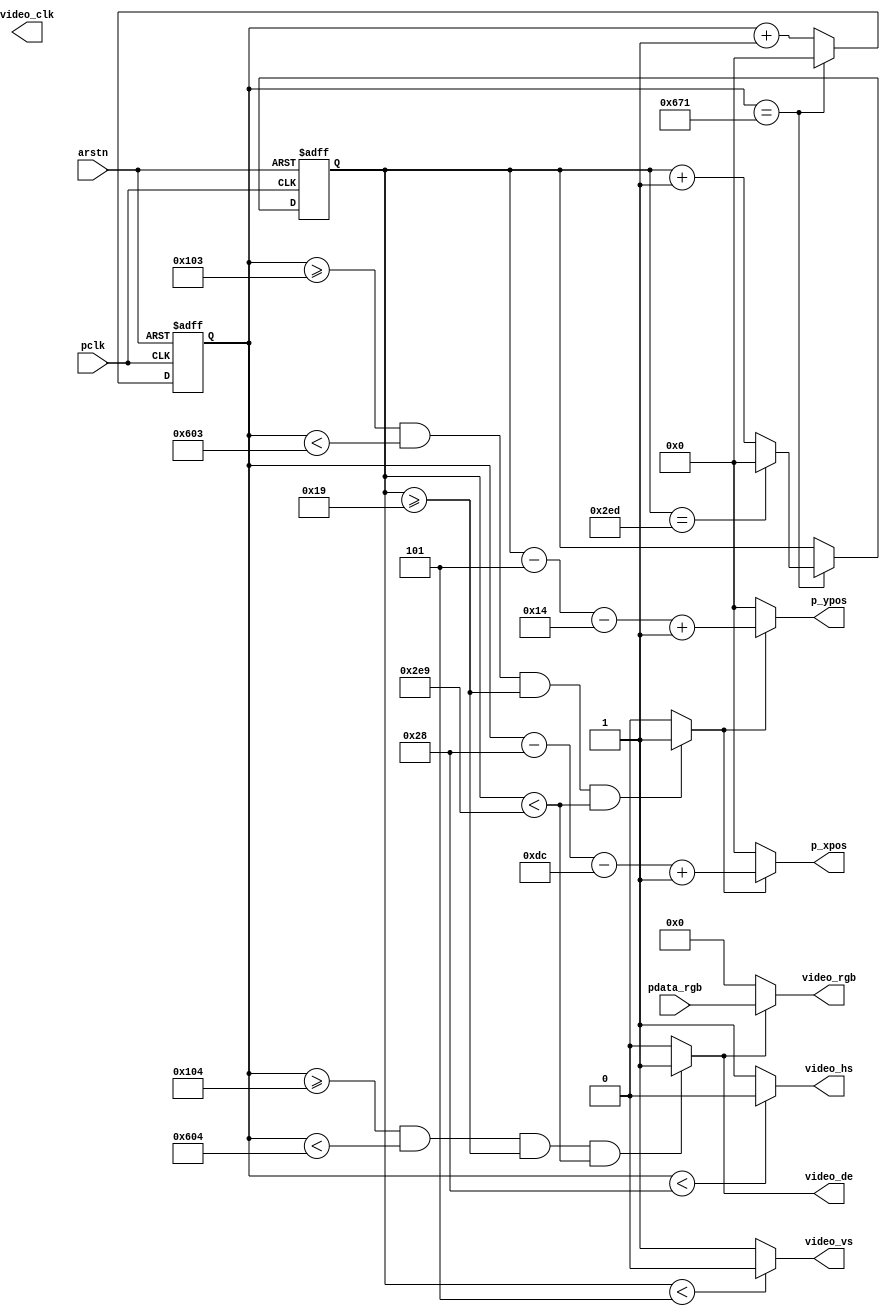
`timescale 1ns / 1ps
//////////////////////////////////////////////////////////////////////////////////
// Company: 
// 
// Design Name: 
// Module Name: LCD_driver
// Project Name: 
// Target Devices: 
// Tool Versions: 
// Description: 
// 
// Dependencies: 
// 
// Revision:
// Revision 0.01 - File Created
// Additional Comments:
// 
//////////////////////////////////////////////////////////////////////////////////


module VGA_driver
#(

//Standard timming constraints for 1280*720

parameter H_SYNC             = 16'd40,
parameter H_BP                   = 16'd220,
parameter H_DISP               = 16'd1280,
parameter H_FP                    = 16'd40,
parameter H_TOTAL           = 16'd1650,


parameter V_SYNC              = 16'd5,
parameter V_BP                    = 16'd20,
parameter V_DISP                = 16'd720,
parameter V_FP                     = 16'd5,
parameter V_TOTAL            = 16'd750

)
(

input                            pclk,
input                            arstn,

// connection to image source
output  [15:0]    p_xpos,
output  [15:0]    p_ypos,
input   [23:0]              pdata_rgb,

//VGA output 
output                         video_hs,    
output                         video_vs,    
output                         video_clk, 
output                         video_de,  
output   [23:0]          video_rgb  //RGB-888 format
    );
    
    //counters for pix  indexing
    reg [15:0] v_cnt;
    reg [15:0] h_cnt;
    
    always@(posedge pclk or negedge arstn) begin
        if(!arstn)begin
                    h_cnt <=    0;
                    v_cnt  <=   0;
        end
        else begin
                    if (h_cnt == H_TOTAL - 1 )begin
                         h_cnt  <= 0; 
                         if(v_cnt == V_TOTAL - 1) begin
                                v_cnt <= 0;
                         end
                         else begin
                                v_cnt <= v_cnt + 1;
                         end
                    end
                    else begin
                        h_cnt <= h_cnt + 1;
                    end                 
        end
    end
    
    //data enable logic and rgb channel
    assign video_de    = (h_cnt >= H_SYNC + H_BP ) &&(h_cnt < H_SYNC + H_BP + H_DISP ) &&(v_cnt >= V_SYNC + V_BP) &&(v_cnt < V_SYNC + V_BP + V_DISP) ?  1'b1:1'b0;
    assign video_rgb  = (video_de)?                                  pdata_rgb:24'd0;
    assign video_hs     = (h_cnt <  H_SYNC )?               1'b0:1'b1;
    assign video_vs     = (v_cnt  <  V_SYNC )?               1'b0:1'b1;
    
   //pix Request  
    wire data_req = (h_cnt >= H_SYNC + H_BP  - 1'b1) &&(h_cnt < H_SYNC + H_BP + H_DISP - 1'b1) &&(v_cnt >= V_SYNC + V_BP) &&(v_cnt < V_SYNC + V_BP + V_DISP) ?  1'b1:1'b0;
    assign p_xpos =   data_req?           (h_cnt - H_SYNC - H_BP+ 1'b1) : 16'd0;
     assign p_ypos =   data_req?          (v_cnt - V_SYNC - V_BP+ 1'b1) :  16'd0;
    
    
endmodule